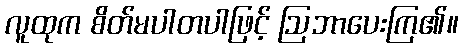
လူထုက စိတ်မပါတပါဖြင့် ဩဘာပေးကြ၏။